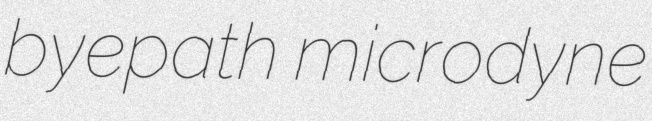
byepath microdyne